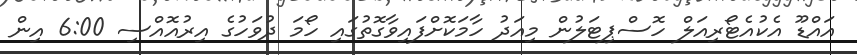
އައްޑޫ އެކުއެޓޯރިއަލް ހޮސްޕިޓަލުން މިއަދު ހާމަކޮށްފައިވާގޮތުގައި ހޯމަ ދުވަހުގެ އިރުއޮއްސި 6:00 އިން